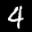
Label: 4